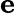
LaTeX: \mathbf{e}